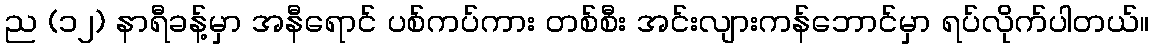
ည (၁၂) နာရီခန့်မှာ အနီရောင် ပစ်ကပ်ကား တစ်စီး အင်းလျားကန်ဘောင်မှာ ရပ်လိုက်ပါတယ်။